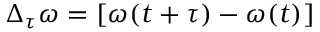
\Delta _ { \tau } \omega = \left[ \omega ( t + \tau ) - \omega ( t ) \right]